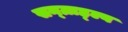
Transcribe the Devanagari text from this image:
सन्ग्राह्ल्य